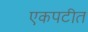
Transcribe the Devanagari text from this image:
एकपटीत